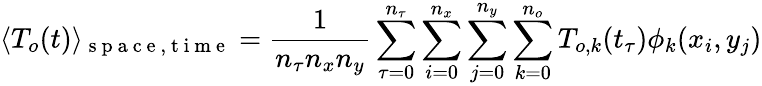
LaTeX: \langle T_{o}(t)\rangle_{\mathrm{~s~p~a~c~e~,~t~i~m~e~}}=\frac{1}{n_{\tau}n_{x}n_{y}}\sum_{\tau=0}^{n_{\tau}}\sum_{i=0}^{n_{x}}\sum_{j=0}^{n_{y}}\sum_{k=0}^{n_{o}}T_{o,k}(t_{\tau})\phi_{k}(x_{i},y_{j})